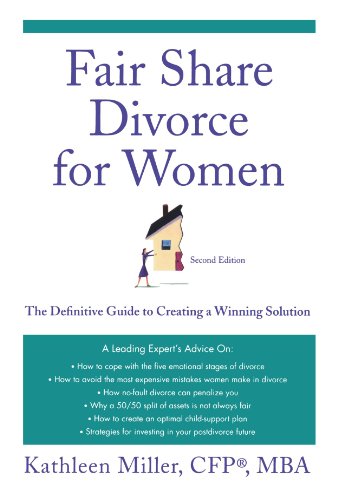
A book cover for Fair Share Divorce for Women, Second Edition: The Definitive Guide to Creating a Winning Solution; Kathleen A. Miller; Literature & Fiction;